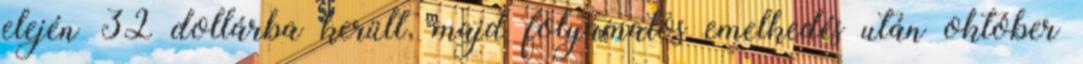
elején 32 dollárba került, majd folyamatos emelkedés után október